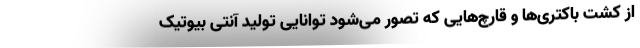
از کشت باکتری‌ها و قارچ‌هایی که تصور می‌شود توانایی تولید آنتی بیوتیک